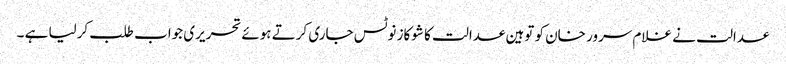
عدالت نے غلام سرور خان کو توہین عدالت کا شوکاز نوٹس جاری کرتے ہوئے تحریری جواب طلب کرلیا ہے ۔